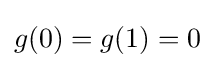
g(0)=g(1)=0